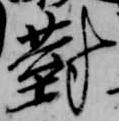
対